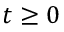
t \geq 0